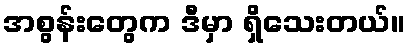
အစွန်းတွေက ဒီမှာ ရှိသေးတယ်။